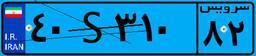
۰۹S۹۰۰۳۷